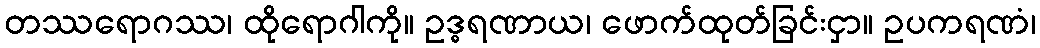
တဿရောဂဿ၊ ထိုရောဂါကို။ ဥဒ္ဓရဏာယ၊ ဖောက်ထုတ်ခြင်းငှာ။ ဥပကရဏံ၊